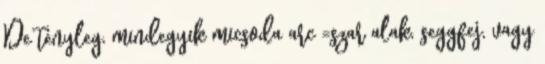
De tényleg, mindegyik micsoda arc =szar alak, seggfej, vagy